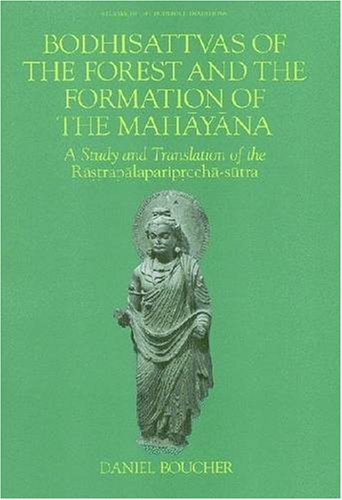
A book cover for Bodhisattvas of Forest and The Formation of Mahayana (Studies in the Buddhist Traditions); Daniel Boucher; Religion & Spirituality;